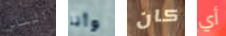
الناس وأنا كان أي